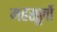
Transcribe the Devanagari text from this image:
महसूलों